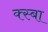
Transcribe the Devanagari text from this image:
क्स्बा